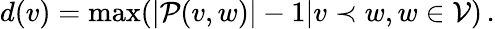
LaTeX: d(v)=\operatorname*{max}(|\mathcal{P}(v,w)|-1|v\prec w,w\in\mathcal{V})\, .